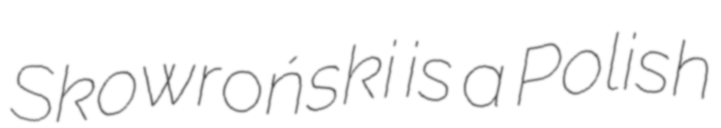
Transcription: Skowroński is a Polish